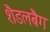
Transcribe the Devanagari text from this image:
शैडलबैग